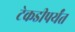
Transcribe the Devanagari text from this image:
टेकडीपर्यंत